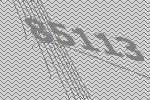
85113